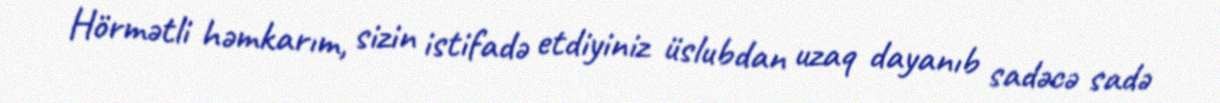
Hörmətli həmkarım, sizin istifadə etdiyiniz üslubdan uzaq dayanıb sadəcə sadə